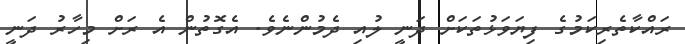
ރައްކާތެރިކަމުގެ ފިޔަވަޅުތަކަށް ދަނީ ލުއި ދެމުންނެވެ. އެގޮތުން އެ ރަށް މިހާރު ދަނީ